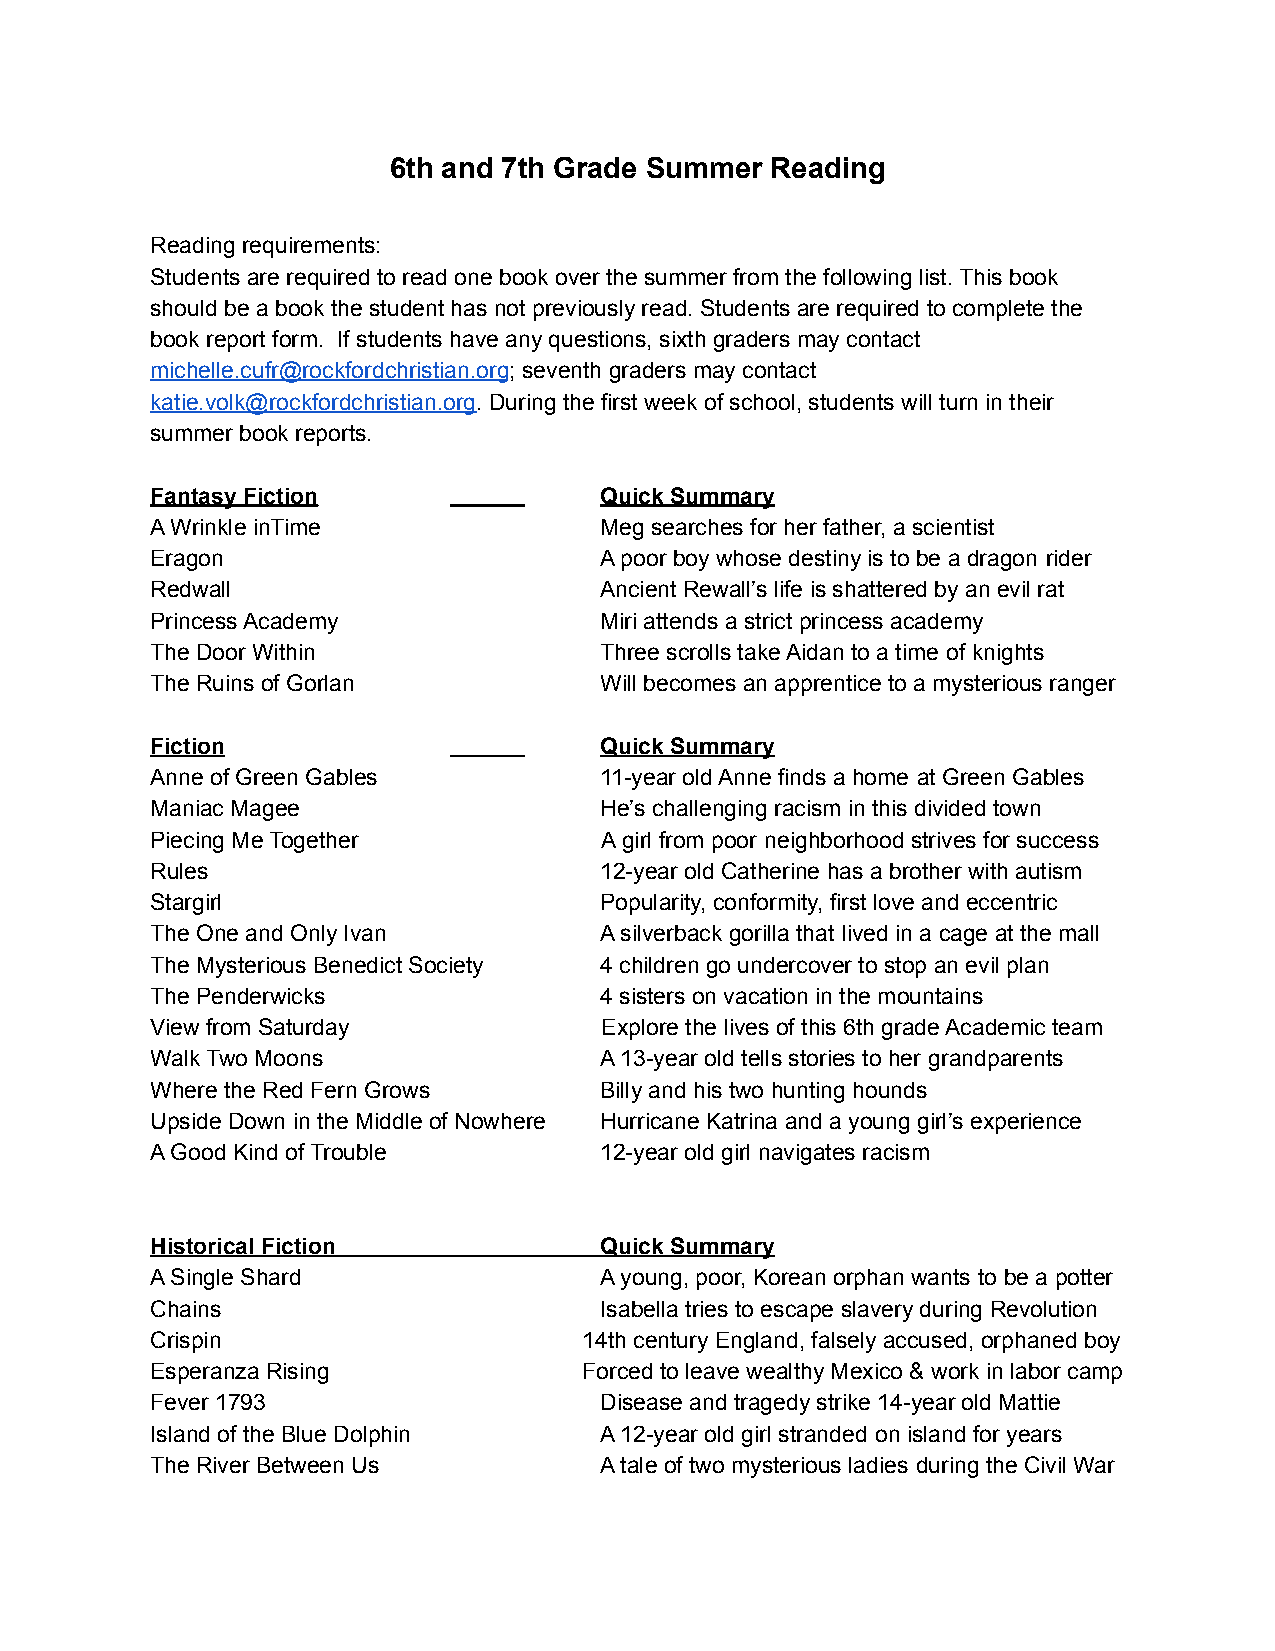
6th and 7th Grade Summer Reading
 Reading requirements:
 Students are required to read one book over the summer from the following list. This book
 should be a book the student has not previously read. Students are required to complete the
 book report form. If students have any questions, sixth graders may contact
 michelle.cufr@rockfordchristian.org; seventh graders may contact
 katie.volk@rockfordchristian.org. During the first week of school, students will turn in their
 summer book reports.
 Fantasy Fiction               Quick Summary
 A Wrinkle inTime              Meg searches for her father, a scientist
 Eragon                        A poor boy whose destiny is to be a dragon rider
 Redwall                       Ancient Rewall’s life is shattered by an evil rat
 Princess Academy              Miri attends a strict princess academy
 The Door Within               Three scrolls take Aidan to a time of knights
 The Ruins of Gorlan           Will becomes an apprentice to a mysterious ranger
 Fiction                       Quick Summary
 Anne of Green Gables          11-year old Anne finds a home at Green Gables
 Maniac Magee                  He’s challenging racism in this divided town
 Piecing Me Together           A girl from poor neighborhood strives for success
 Rules                         12-year old Catherine has a brother with autism
 Stargirl                      Popularity, conformity, first love and eccentric
 The One and Only Ivan         A silverback gorilla that lived in a cage at the mall
 The Mysterious Benedict Society 4 children go undercover to stop an evil plan
 The Penderwicks               4 sisters on vacation in the mountains
 View from Saturday            Explore the lives of this 6th grade Academic team
 Walk Two Moons                A 13-year old tells stories to her grandparents
 Where the Red Fern Grows      Billy and his two hunting hounds
 Upside Down in the Middle of Nowhere Hurricane Katrina and a young girl’s experience
 A Good Kind of Trouble        12-year old girl navigates racism
 Historical Fiction            Quick Summary
 A Single Shard                A young, poor, Korean orphan wants to be a potter
 Chains                        Isabella tries to escape slavery during Revolution
 Crispin                      14th century England, falsely accused, orphaned boy
 Esperanza Rising             Forced to leave wealthy Mexico & work in labor camp
 Fever 1793                    Disease and tragedy strike 14-year old Mattie
 Island of the Blue Dolphin    A 12-year old girl stranded on island for years
 The River Between Us          A tale of two mysterious ladies during the Civil War